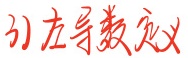
引左导数定义